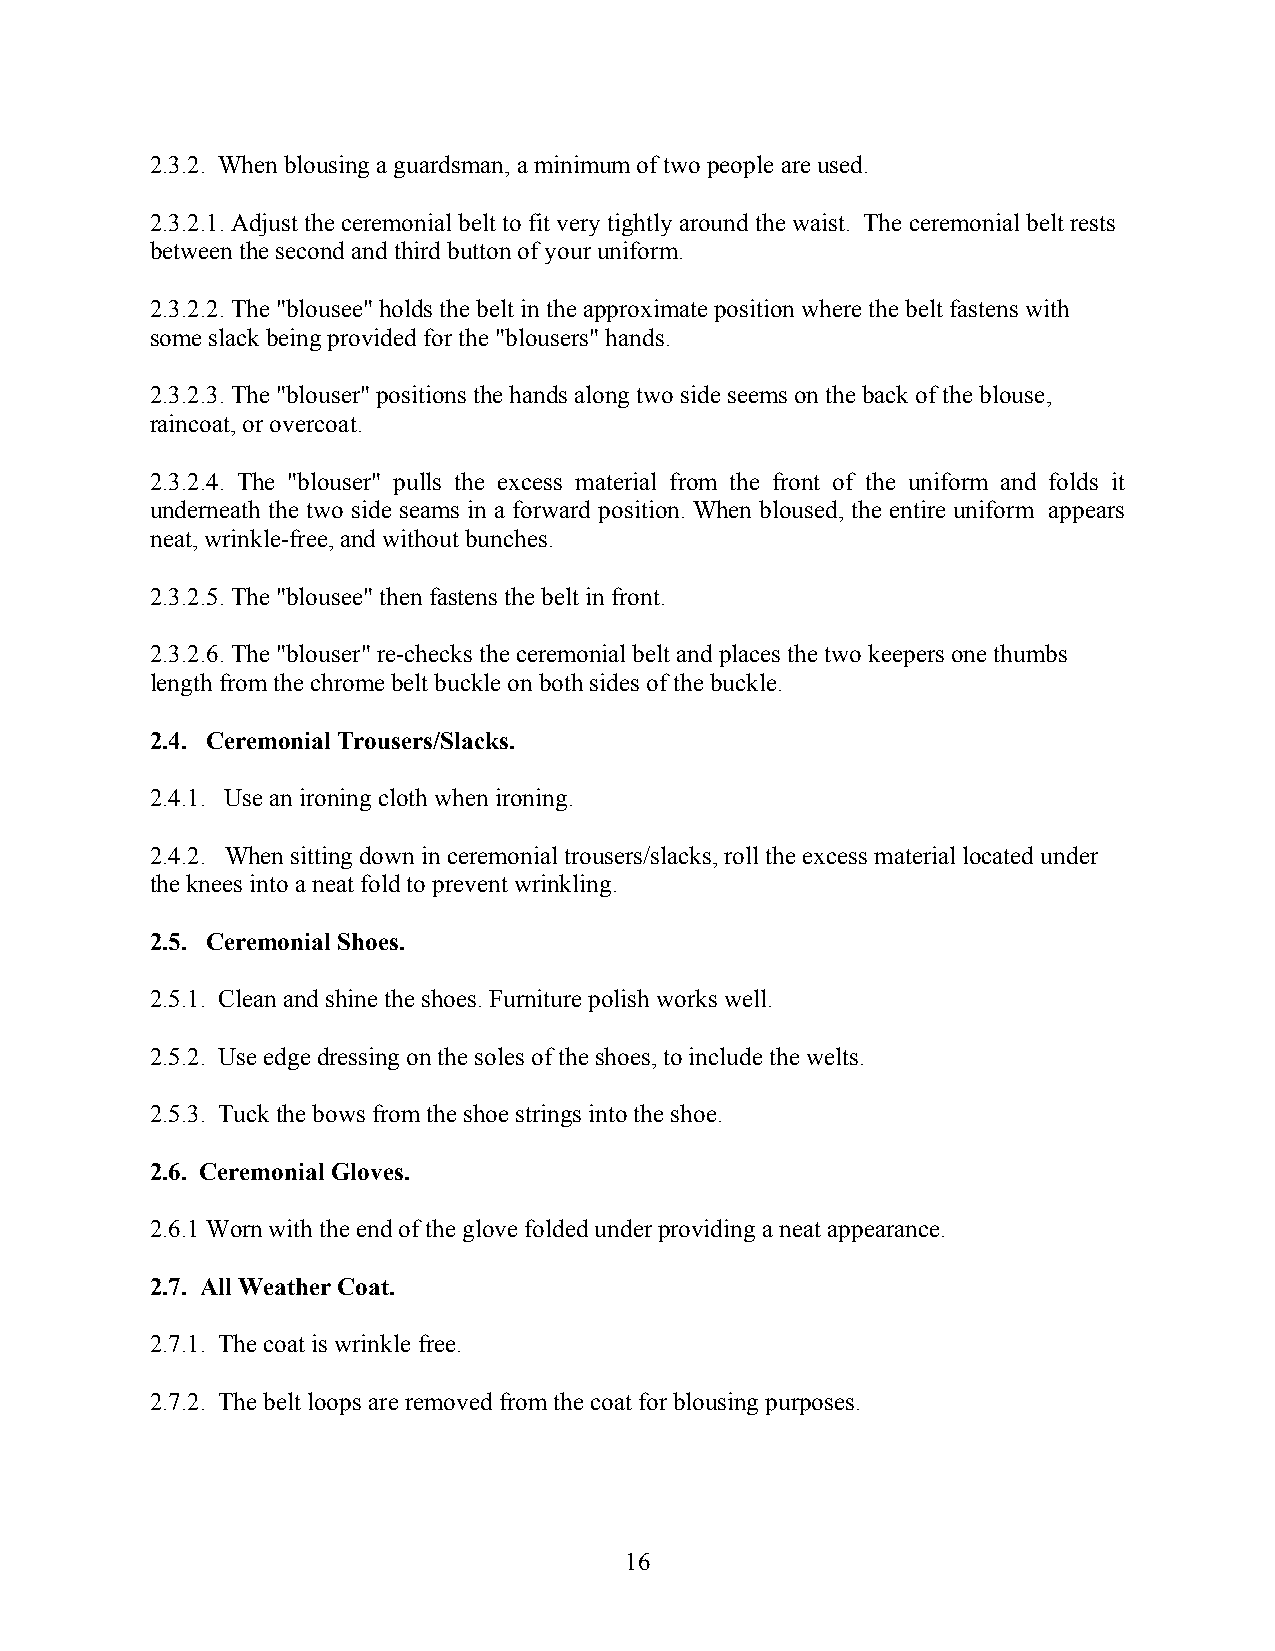
2.3.2. When blousing a guardsman, a minimum of two people are used.
 2.3.2.1. Adjust the ceremonial belt to fit very tightly around the waist. The ceremonial belt rests
 between the second and third button of your uniform.
 2.3.2.2. The "blousee" holds the belt in the approximate position where the belt fastens with
 some slack being provided for the "blousers" hands.
 2.3.2.3. The "blouser" positions the hands along two side seems on the back of the blouse,
 raincoat, or overcoat.
 2.3.2.4. The "blouser" pulls the excess material from the front of the uniform and folds it
 underneath the two side seams in a forward position. When bloused, the entire uniform appears
 neat, wrinkle-free, and without bunches.
 2.3.2.5. The "blousee" then fastens the belt in front.
 2.3.2.6. The "blouser" re-checks the ceremonial belt and places the two keepers one thumbs
 length from the chrome belt buckle on both sides of the buckle.
 2.4. Ceremonial Trousers/Slacks.
 2.4.1. Use an ironing cloth when ironing.
 2.4.2. When sitting down in ceremonial trousers/slacks, roll the excess material located under
 the knees into a neat fold to prevent wrinkling.
 2.5. Ceremonial Shoes.
 2.5.1. Clean and shine the shoes. Furniture polish works well.
 2.5.2. Use edge dressing on the soles of the shoes, to include the welts.
 2.5.3. Tuck the bows from the shoe strings into the shoe.
 2.6. Ceremonial Gloves.
 2.6.1 Worn with the end of the glove folded under providing a neat appearance.
 2.7. All Weather Coat.
 2.7.1. The coat is wrinkle free.
 2.7.2. The belt loops are removed from the coat for blousing purposes.
 16